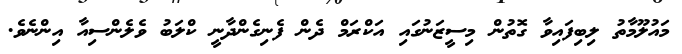
މައުލޫމާތު ލިބިފައިވާ ގޮތުން މިސީޒަނުގައި އަކްރަމް ދެން ފެނިގެންދާނީ ކްލަބު ވެލެންސިއާ އިންނެވެ.